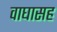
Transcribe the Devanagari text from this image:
वाघासह